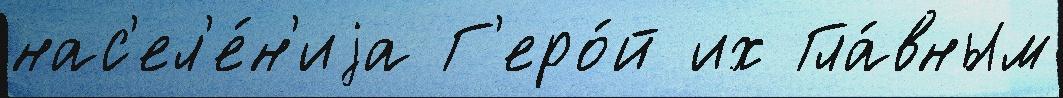
нас'ел'е́н'иjа Г'еро́й их Гла́вным